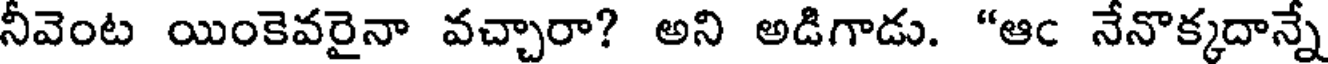
నీవెంట యింకెవరైనా వచ్చారా? అని అడిగాడు. "ఆఁ నేనొక్కదాన్నే